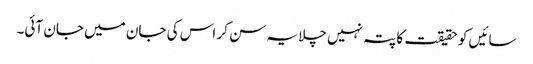
سائیں کو حقیقت کا پتہ نہیں چلا یہ سن کر اس کی جان میں جان آئی۔